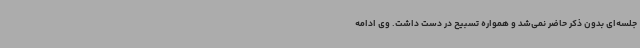
جلسه‌ای بدون ذکر حاضر نمی‌شد و همواره تسبیح در دست داشت. وی ادامه